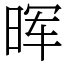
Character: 晖